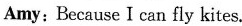
Amy: Because I can fly kites.